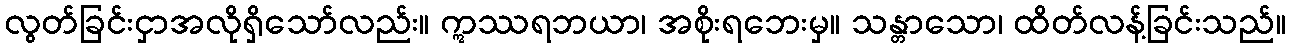
လွတ်ခြင်းငှာအလိုရှိသော်လည်း။ ဣဿရဘယာ၊ အစိုးရဘေးမှ။ သန္တာသော၊ ထိတ်လန့်ခြင်းသည်။